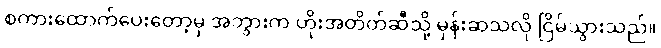
စကားထောက်ပေးတော့မှ အဘွားက ဟိုးအတိတ်ဆီသို့ မှန်းဆသလို ငြိမ်သွားသည်။